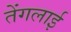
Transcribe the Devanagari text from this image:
तेंगलाई